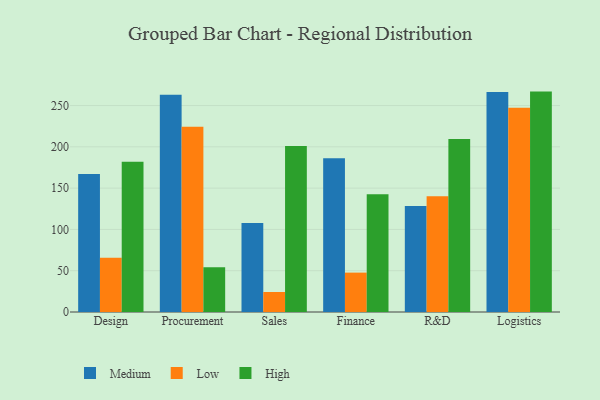
{"axis": {"x": "Department", "y": "Waste Production (Tons)"}, "legend": ["High", "Low", "Medium"], "data": [{"x": "Design", "y": 167.2, "type": "Medium"}, {"x": "Design", "y": 65.8, "type": "Low"}, {"x": "Design", "y": 182.1, "type": "High"}, {"x": "Procurement", "y": 263.1, "type": "Medium"}, {"x": "Procurement", "y": 224.4, "type": "Low"}, {"x": "Procurement", "y": 54.1, "type": "High"}, {"x": "Sales", "y": 107.9, "type": "Medium"}, {"x": "Sales", "y": 24.2, "type": "Low"}, {"x": "Sales", "y": 201.1, "type": "High"}, {"x": "Finance", "y": 186.2, "type": "Medium"}, {"x": "Finance", "y": 47.7, "type": "Low"}, {"x": "Finance", "y": 142.6, "type": "High"}, {"x": "R&D", "y": 128.5, "type": "Medium"}, {"x": "R&D", "y": 140.2, "type": "Low"}, {"x": "R&D", "y": 209.4, "type": "High"}, {"x": "Logistics", "y": 266.5, "type": "Medium"}, {"x": "Logistics", "y": 247.4, "type": "Low"}, {"x": "Logistics", "y": 266.9, "type": "High"}]}